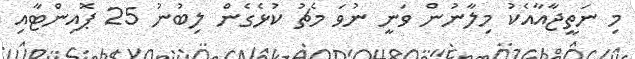
މި ނަތީޖާއާއެކު މިލާނުން ވަނީ ނުވަ މެޗު ކުޅެގެން ލިބުނު 25 ޕޮއިންޓާއި